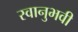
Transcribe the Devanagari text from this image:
स्वानुभवी